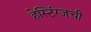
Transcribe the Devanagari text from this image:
हेस्टिंग्जची